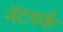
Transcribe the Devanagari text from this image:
नॅटवर्क